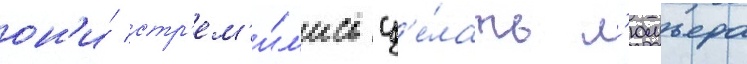
он'и́ стр'ем'и́л'ись сд'е́лать л'юмьера